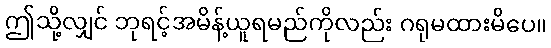
ဤသို့လျှင် ဘုရင့်အမိန့်ယူရမည်ကိုလည်း ဂရုမထားမိပေ။